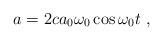
LaTeX: \begin{align*}a=2ca_0\omega _0 \cos \omega _0 t~,\end{align*}